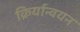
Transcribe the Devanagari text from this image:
क्रिर्यान्वयन